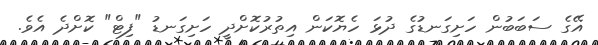
އޭގެ ސަބަބުން ހަށިގަނޑުގެ ދުޅަ ހެޔޮކަން އިތުރުކޮށްދީ ހަށިގަނޑު "ފިޓް" ކޮށްދެ އެވެ.